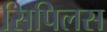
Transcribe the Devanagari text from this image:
सिपिलस